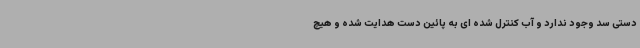
دستی سد وجود ندارد و آب کنترل شده‌ ای به پائین دست هدایت شده و هیچ